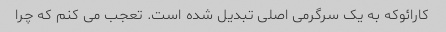
کارائوکه به یک سرگرمی اصلی تبدیل شده است. تعجب می کنم که چرا